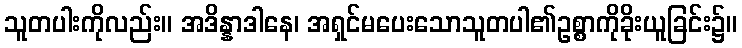
သူတပါးကိုလည်း။ အဒိန္နာဒါနေ၊ အရှင်မပေးသောသူတပါ၏ဥစ္စာကိုခိုးယူခြင်း၌။